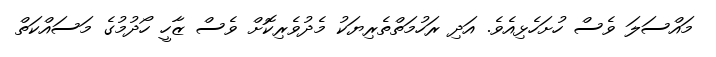
މައްސަލަ ވެސް ހުށަހެޅިއެވެ. އަދި ރަހުމަތްތެރިޔަކު މެެދުވެރިކޮށް ވެސް ޒާހީ ހޯދުމުގެ މަސައްކަތް